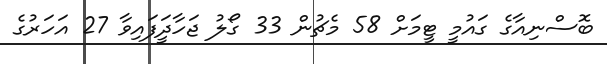
ބޮސްނިއާގެ ގައުމީ ޓީމަށް 58 މެޗުން 33 ގޯލު ޖަހާދީަފައިވާ 27 އަހަރުގެ